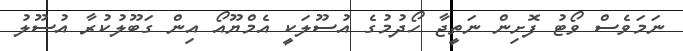
ނަމަވެސް ވޯޓު ފޮށިން ނަތީޖާ ހޯދުމުގެ އުސޫލަކީ އެމްޔޫއޯ އިން ގަބޫލުކުރާ އުސޫލު